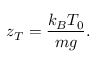
z _ { T } = { \frac { k _ { B } T _ { 0 } } { m g } } .